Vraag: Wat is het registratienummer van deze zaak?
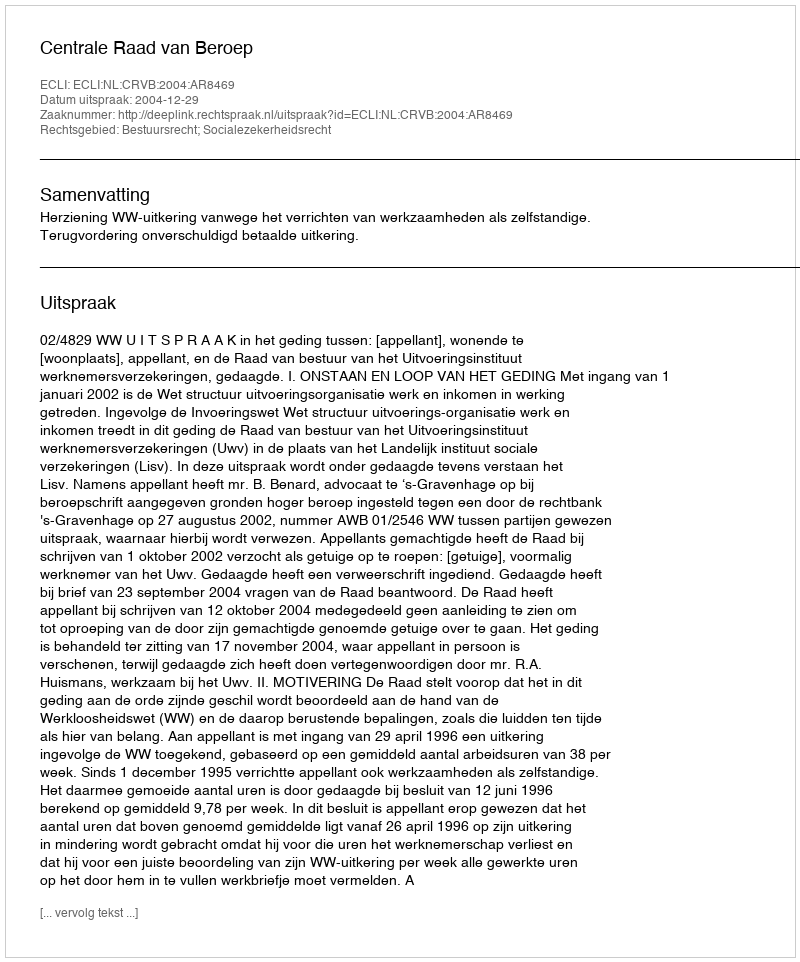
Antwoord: http://deeplink.rechtspraak.nl/uitspraak?id=ECLI:NL:CRVB:2004:AR8469